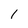
Character: 1